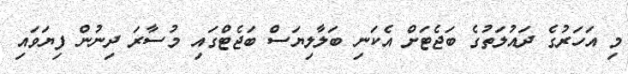
މި އަހަރުގެ ދައުލަތުގެ ބަޖެޓަށް އެކަނި ބަލާލިޔަސް ބަޖެޓްގައި މުސާރަ ދިނުން ފިޔަވައި